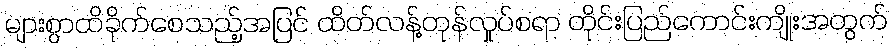
များစွာထိခိုက်စေသည့်အပြင် ထိတ်လန့်တုန်လှုပ်စရာ တိုင်းပြည်ကောင်းကျိုးအတွက်